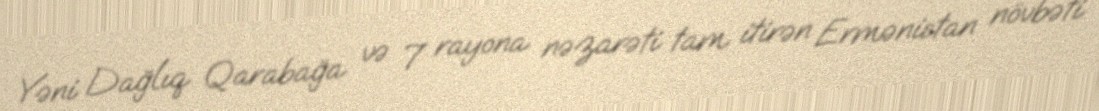
Yəni Dağlıq Qarabağa və 7 rayona nəzarəti tam itirən Ermənistan növbəti